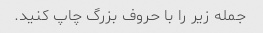
جمله زیر را با حروف بزرگ چاپ کنید.